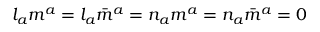
l _ { a } m ^ { a } = l _ { a } { \bar { m } } ^ { a } = n _ { a } m ^ { a } = n _ { a } { \bar { m } } ^ { a } = 0